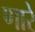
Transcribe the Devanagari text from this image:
णारे